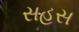
સહસ